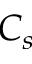
C _ { s }